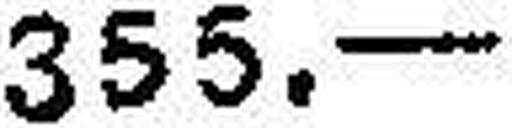
355.—